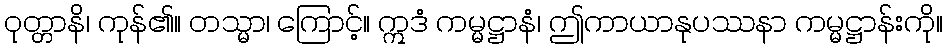
ဝုတ္တာနိ၊ ကုန်၏။ တသ္မာ၊ ကြောင့်။ ဣဒံ ကမ္မဋ္ဌာနံ၊ ဤကာယာနုပဿနာ ကမ္မဋ္ဌာန်းကို။